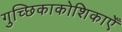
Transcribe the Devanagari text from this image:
गुच्छिकाकोशिकाएँ